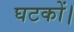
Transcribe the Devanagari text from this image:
घटकों।